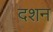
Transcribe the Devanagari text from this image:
दशन